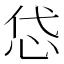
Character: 𢘋